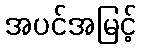
အပင်အမြင့်